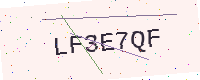
Text: LF3E7QF